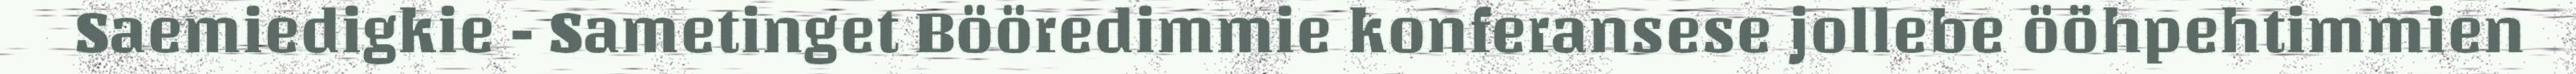
Saemiedigkie - Sametinget Bööredimmie konferansese jollebe ööhpehtimmien